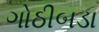
ગોઠીબડા